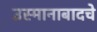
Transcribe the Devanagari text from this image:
उस्मानाबादचे